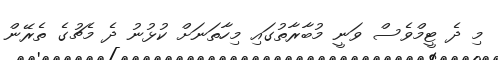
މި ދެ ޓީމްވެސް ވަނީ މުބާރާތުގައި މިހާތަނަށް ކުޅުނު ދެ މެޗުގެ ތެރޭން